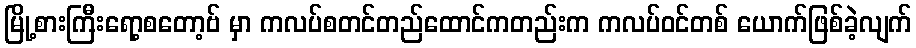
မြို့စားကြီးရော့စတော့ဗ် မှာ ကလပ်စတင်တည်ထောင်ကတည်းက ကလပ်ဝင်တစ် ယောက်ဖြစ်ခဲ့လျက်